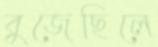
বুজেছিলে